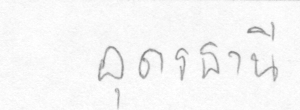
อุดรธานี